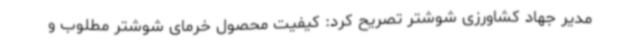
مدیر جهاد کشاورزی شوشتر تصریح کرد: کیفیت محصول خرمای شوشتر مطلوب و